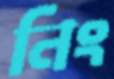
নিং